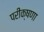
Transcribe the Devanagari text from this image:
परीक्षणा